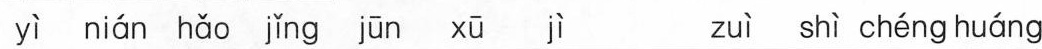
yì nián hǎo jǐng jūn xū jì zuì shì chéng huáng